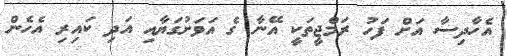
އެހާދިސާ އަށް ފަހު ރަމްޖީތަކީ އޭނާ ގެ އަވަށުގަޔާއި އަދި ކައިރި އެހެން